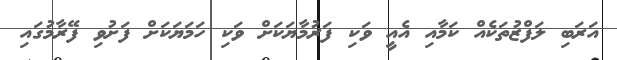
އަރަބި ލަފްޒުތަކެއް ކަމާއި އެއީ ވަކި ފަރުމާޔަކަށް ވަކި ހަމަޔަކަށް ފަށުވި ފޭރާމުގައި